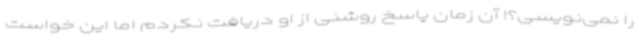
را نمی‌نویسی؟! آن زمان پاسخ روشنی از او دریافت نکردم اما این خواست